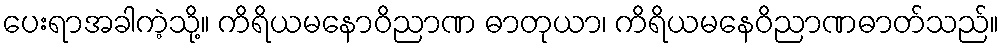
ပေးရာအခါကဲ့သို့။ ကိရိယမနောဝိညာဏ ဓာတုယာ၊ ကိရိယမနေဝိညာဏဓာတ်သည်။